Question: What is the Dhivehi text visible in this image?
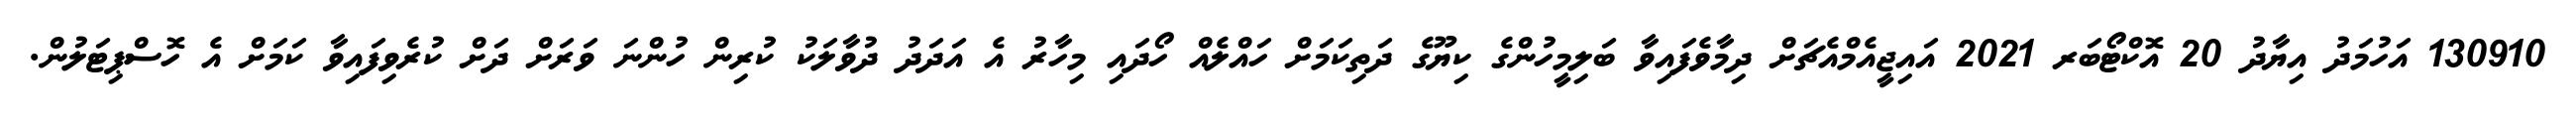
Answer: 130910 އަހުމަދު އިޔާދު 20 އޮކްޓޯބަރ 2021 އައިޖީއެމްއެޗަށް ދިމާވެފައިވާ ބަލިމީހުންގެ ކިޔޫގެ ދަތިކަމަށް ހައްލެއް ހޯދައި މިހާރު އެ އަދަދު ދުވާލަކު ކުރިން ހުންނަ ވަރަށް ދަށް ކުރެވިފައިވާ ކަމަށް އެ ހޮސްޕިޓަލުން.